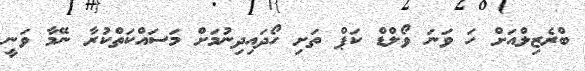
ބްރެޒިލްއަށް ހަ ވަނަ ވޯލްޑް ކަޕް ތަށި ހޯދައިދިނުމަށް މަސައްކަތްކުރާ ނޭމާ ވަނީ